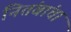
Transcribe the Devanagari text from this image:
नितंबांचा